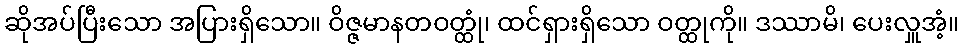
ဆိုအပ်ပြီးသော အပြားရှိသော။ ဝိဇ္ဇမာနတဝတ္ထုံ၊ ထင်ရှားရှိသော ဝတ္ထုကို။ ဒဿာမိ၊ ပေးလှူအံ့။